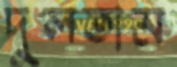
দুলতাম